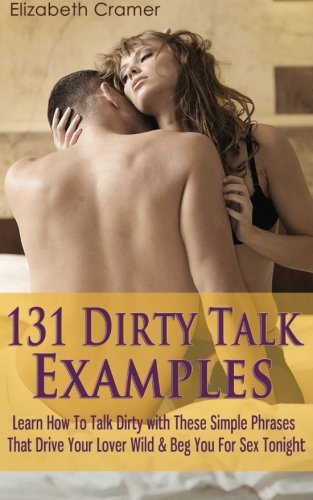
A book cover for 131 Dirty Talk Examples: Learn How To Talk Dirty with These Simple Phrases That Drive Your Lover Wild & Beg You For Sex Tonight; Elizabeth Cramer; Self-Help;